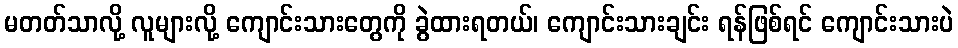
မတတ်သာလို့ လူများလို့ ကျောင်းသားတွေကို ခွဲထားရတယ်၊ ကျောင်းသားချင်း ရန်ဖြစ်ရင် ကျောင်းသားပဲ